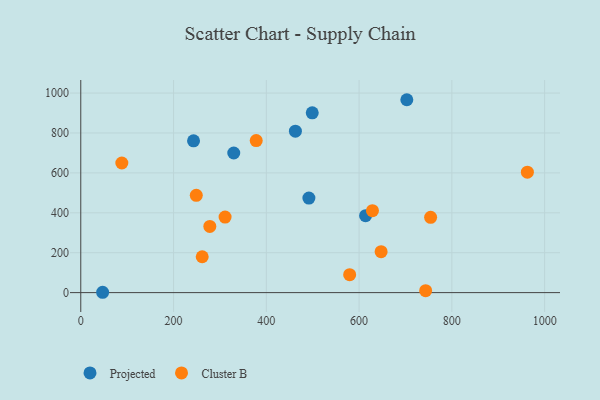
{"axis": {"x": "Price", "y": "Demand"}, "legend": ["Cluster B", "Projected"], "data": [{"x": "47.1", "y": 1.7, "type": "Projected"}, {"x": "462.7", "y": 809.1, "type": "Projected"}, {"x": "614.0", "y": 385.7, "type": "Projected"}, {"x": "702.9", "y": 966.6, "type": "Projected"}, {"x": "243.1", "y": 760.5, "type": "Projected"}, {"x": "499.0", "y": 901.2, "type": "Projected"}, {"x": "329.8", "y": 699.7, "type": "Projected"}, {"x": "491.8", "y": 473.9, "type": "Projected"}, {"x": "628.8", "y": 410.8, "type": "Cluster B"}, {"x": "579.7", "y": 89.7, "type": "Cluster B"}, {"x": "647.5", "y": 205.1, "type": "Cluster B"}, {"x": "754.2", "y": 377.3, "type": "Cluster B"}, {"x": "378.2", "y": 761.9, "type": "Cluster B"}, {"x": "311.1", "y": 378.4, "type": "Cluster B"}, {"x": "261.8", "y": 179.8, "type": "Cluster B"}, {"x": "249.0", "y": 487.6, "type": "Cluster B"}, {"x": "962.8", "y": 603.7, "type": "Cluster B"}, {"x": "88.5", "y": 649.6, "type": "Cluster B"}, {"x": "743.5", "y": 9.6, "type": "Cluster B"}, {"x": "278.2", "y": 331.6, "type": "Cluster B"}]}